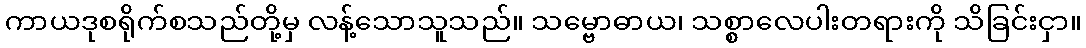
ကာယဒုစရိုက်စသည်တို့မှ လန့်သောသူသည်။ သမ္ဗောဓာယ၊ သစ္စာလေပါးတရားကို သိခြင်းငှာ။